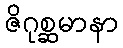
ဇိဂုစ္ဆမာနာ